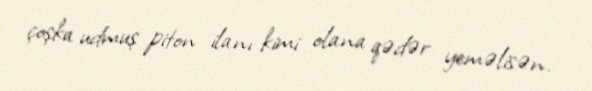
çoşka udmuş piton ilanı kimi olana qədər yeməlisən.